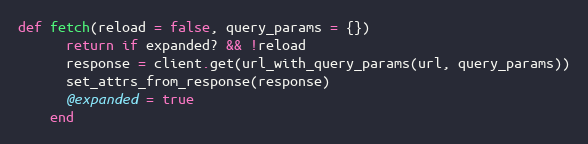
Language: Ruby
def fetch(reload = false, query_params = {})
      return if expanded? && !reload
      response = client.get(url_with_query_params(url, query_params))
      set_attrs_from_response(response)
      @expanded = true
    end